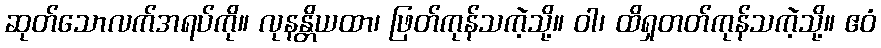
ဆုတ်သောလက်အရပ်ကို။ လုနန္တိယထာ၊ ဖြတ်ကုန်သကဲ့သို့။ ဝါ၊ ထိရှတတ်ကုန်သကဲ့သို့။ ဧဝံ